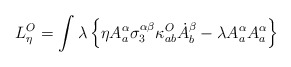
\begin{align*}L_\eta^O = \int\lambda\left\{\eta A^\alpha_a \sigma^{\alpha\beta}_3 \kappa_{ab}^O\dot {A}^\beta_b - \lambda A_a^\alpha A_a^\alpha\right\}\end{align*}